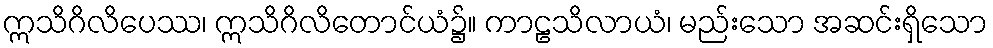
ဣသိဂိလိပေဿ၊ ဣသိဂိလိတောင်ယံ၌။ ကာဠသိလာယံ၊ မည်းသော အဆင်းရှိသော